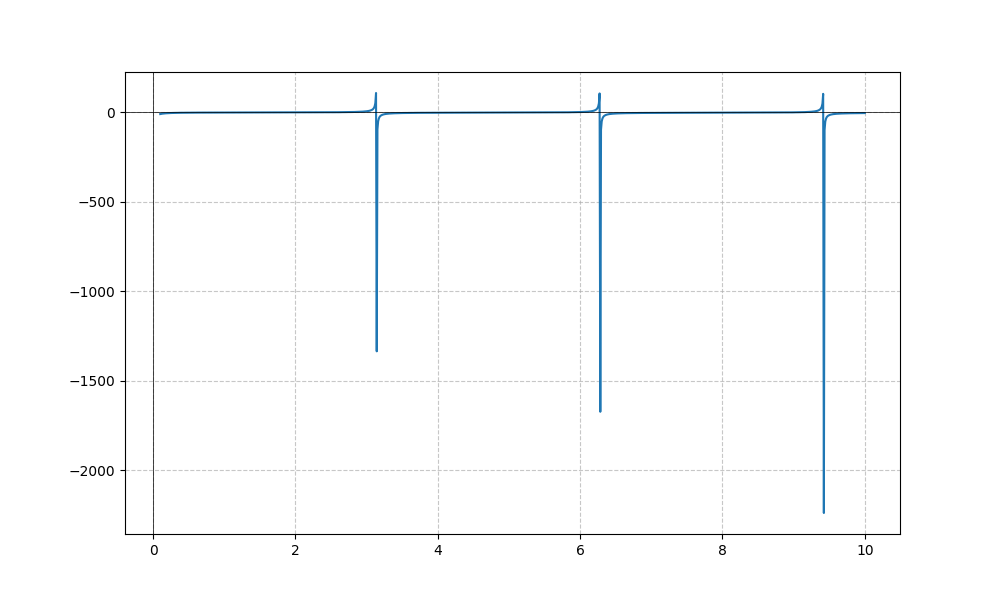
LaTeX formula: - \sqrt{x} - \cot{\left(x \right)}